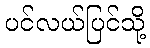
ပင်လယ်ပြင်သို့